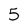
Character: 5